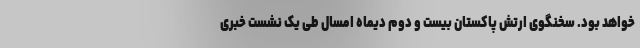
خواهد بود. سخنگوی ارتش پاکستان بیست و دوم دیماه امسال طی یک نشست خبری